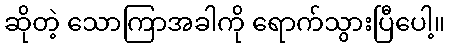
ဆိုတဲ့ သောကြာအခါကို ရောက်သွားပြီပေါ့။